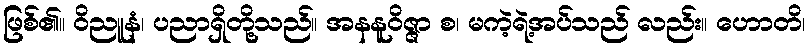
ဖြစ်၏။ ဝိညူနံ၊ ပညာရှိတို့သည်။ အနနူဝိဇ္ဇာ စ၊ မကဲ့ရဲ့အပ်သည် လည်း။ ဟောတိ၊